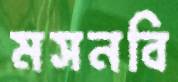
মসনবি